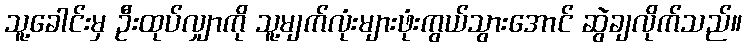
သူ့ခေါင်းမှ ဦးထုပ်လျှာကို သူ့မျက်လုံးများဖုံးကွယ်သွားအောင် ဆွဲချလိုက်သည်။